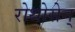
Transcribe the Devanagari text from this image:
रोथोसेन्